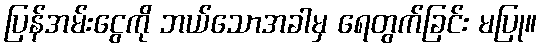
ပြန်အမ်းငွေကို ဘယ်သောအခါမှ ရေတွက်ခြင်း မပြု။